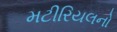
મટીરિયલનો